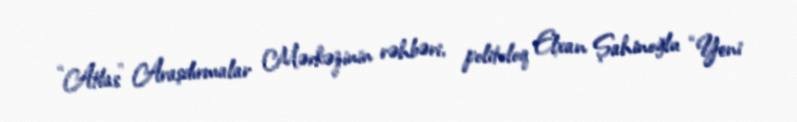
“Atlas” Araşdırmalar Mərkəzinin rəhbəri, politoloq Elxan Şahinoğlu “Yeni